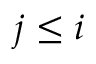
j \leq i